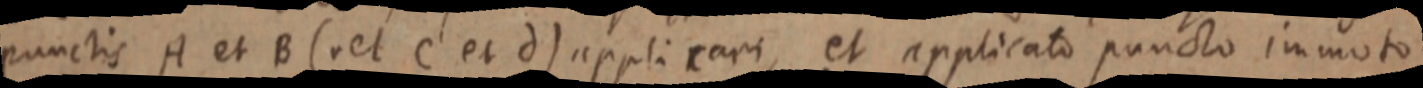
punctis A et B (et C et d) applicari, et applicato puncto immoto